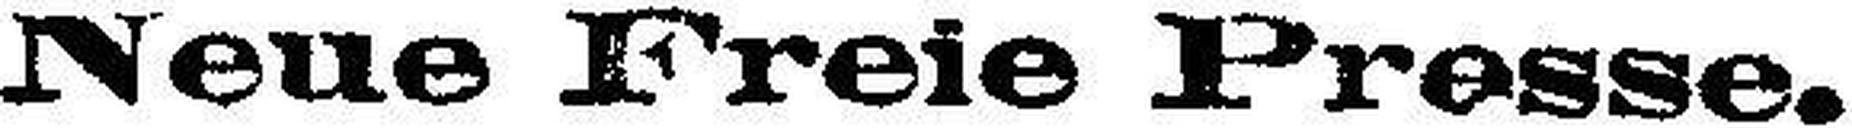
Neue Freie Presse.